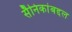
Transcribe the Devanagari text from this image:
सैनिकांबद्दल